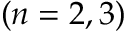
( n = 2 , 3 )